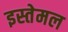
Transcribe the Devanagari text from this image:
इस्तेमल